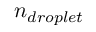
n _ { d r o p l e t }